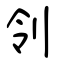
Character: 刢